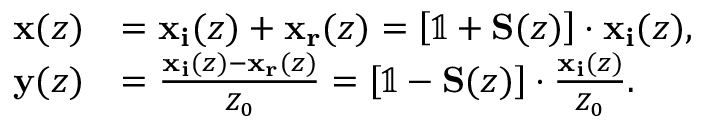
\begin{array} { r l } { \mathbf { x } ( z ) } & { = \mathbf { x _ { i } } ( z ) + \mathbf { x _ { r } } ( z ) = \left[ \mathbb { 1 } + \mathbf { S } ( z ) \right] \cdot \mathbf { x _ { i } } ( z ) , } \\ { \mathbf { y } ( z ) } & { = \frac { \mathbf { x _ { i } } ( z ) - \mathbf { x _ { r } } ( z ) } { Z _ { 0 } } = \left[ \mathbb { 1 } - \mathbf { S } ( z ) \right] \cdot \frac { \mathbf { x _ { i } } ( z ) } { Z _ { 0 } } . } \end{array}